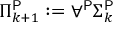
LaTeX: \Pi _ { k + 1 } ^ { \mathsf { P } } : = \forall ^ { \mathsf { P } } \Sigma _ { k } ^ { \mathsf { P } }